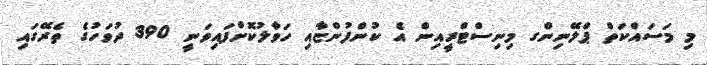
މި މަސައްކަތް ޕްލޭނިންގ މިނިސްޓްރީއިން އެ ކުންފުންޏާއި ހަވާލުކޮށްފައިވަނީ 390 ދުވަހުގެ ތެރޭގައި